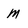
Character: M